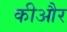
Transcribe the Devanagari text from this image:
कीऔर